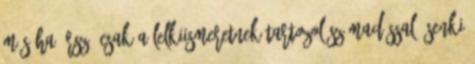
más Ha írsz, csak a lelkiismeretnek tartozol számadással, senki